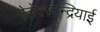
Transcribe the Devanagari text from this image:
ऐलेक्ज़ेन्द्रियाई